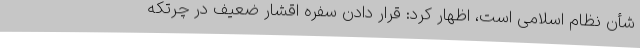
شأن نظام اسلامی است، اظهار کرد: قرار دادن سفره اقشار ضعیف در چرتکه